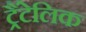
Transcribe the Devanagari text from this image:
ट्रैंटेलिक